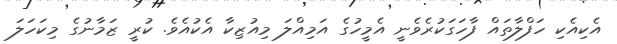
އެކިއެކި ހަފްލާތައް ފާހަގަކުރެވެނީ އެމީހުގެ އަމިއްލަ މިއުޒިކާ އެކުއެވެ. ކުރީ ޒަމާނުގެ މިކަހަލަ